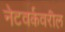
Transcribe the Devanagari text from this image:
नेटवर्कवरील